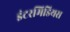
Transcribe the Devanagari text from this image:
इंटरमिडियस